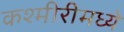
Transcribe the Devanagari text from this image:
कश्मीरीमध्ये